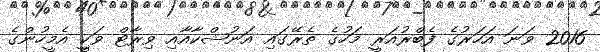
2016 ވަނަ އަހަރުގެ ފެބްރުއަރީ މަހުގެ ތެރޭގައި އަނުޝްކާއާއި ވިރާޓް ވަކިީ އެމީހުންގެ